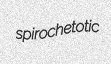
spirochetotic